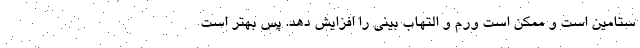
ستامین است و ممکن است ورم و التهاب بینی را افزایش دهد. پس بهتر است